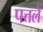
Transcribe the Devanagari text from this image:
पत्तलें